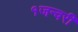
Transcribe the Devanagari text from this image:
१जन्वरी